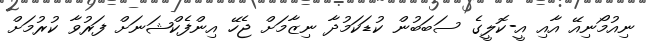
ނިއުމޯނިއޭ އާއި އީ-ކޮލީގެ ސަބަބުން ކުޑަކަމުދާ ނިޒާމަށް ޖެހޭ އިންފެކްޝަނަށް ފަރުވާ ކުރުމަށް